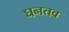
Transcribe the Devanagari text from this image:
घनतव